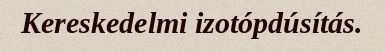
Kereskedelmi izotópdúsítás.